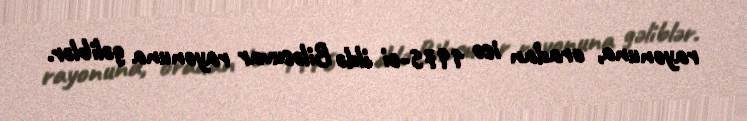
rayonuna, oradan isə 1975-ci ildə Biləsuvar rayonuna gəliblər.